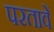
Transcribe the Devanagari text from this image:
परतावें